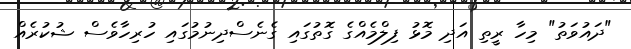
"ދައުވަތު" މިހާ ރީތި އަދި މޮޅު ފިލްމެއްގެ ގޮތުގައި ގެނެސްދިނުމުގައި ހުރިހާވެސް ޝުކުރެއް